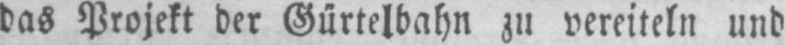
das Projekt der Gürtelbahn zu vereiteln und